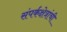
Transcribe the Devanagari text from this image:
संपर्कक्षेत्रांची